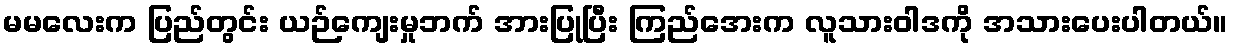
မမလေးက ပြည်တွင်း ယဉ်ကျေးမှုဘက် အားပြုပြီး ကြည်အေးက လူသားဝါဒကို အသားပေးပါတယ်။